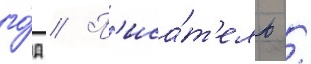
го́д // П'иса́т'ель /